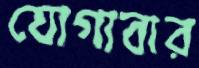
যোগাবার